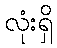
လုံးရှိ